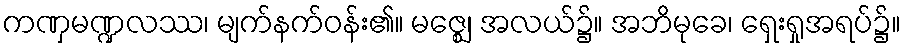
ကဏှမဏ္ဍလဿ၊ မျက်နက်ဝန်း၏။ မဇ္ဈေ၊ အလယ်၌။ အဘိမုခေ၊ ရှေးရှုအရပ်၌။